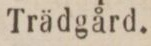
Trädgård.